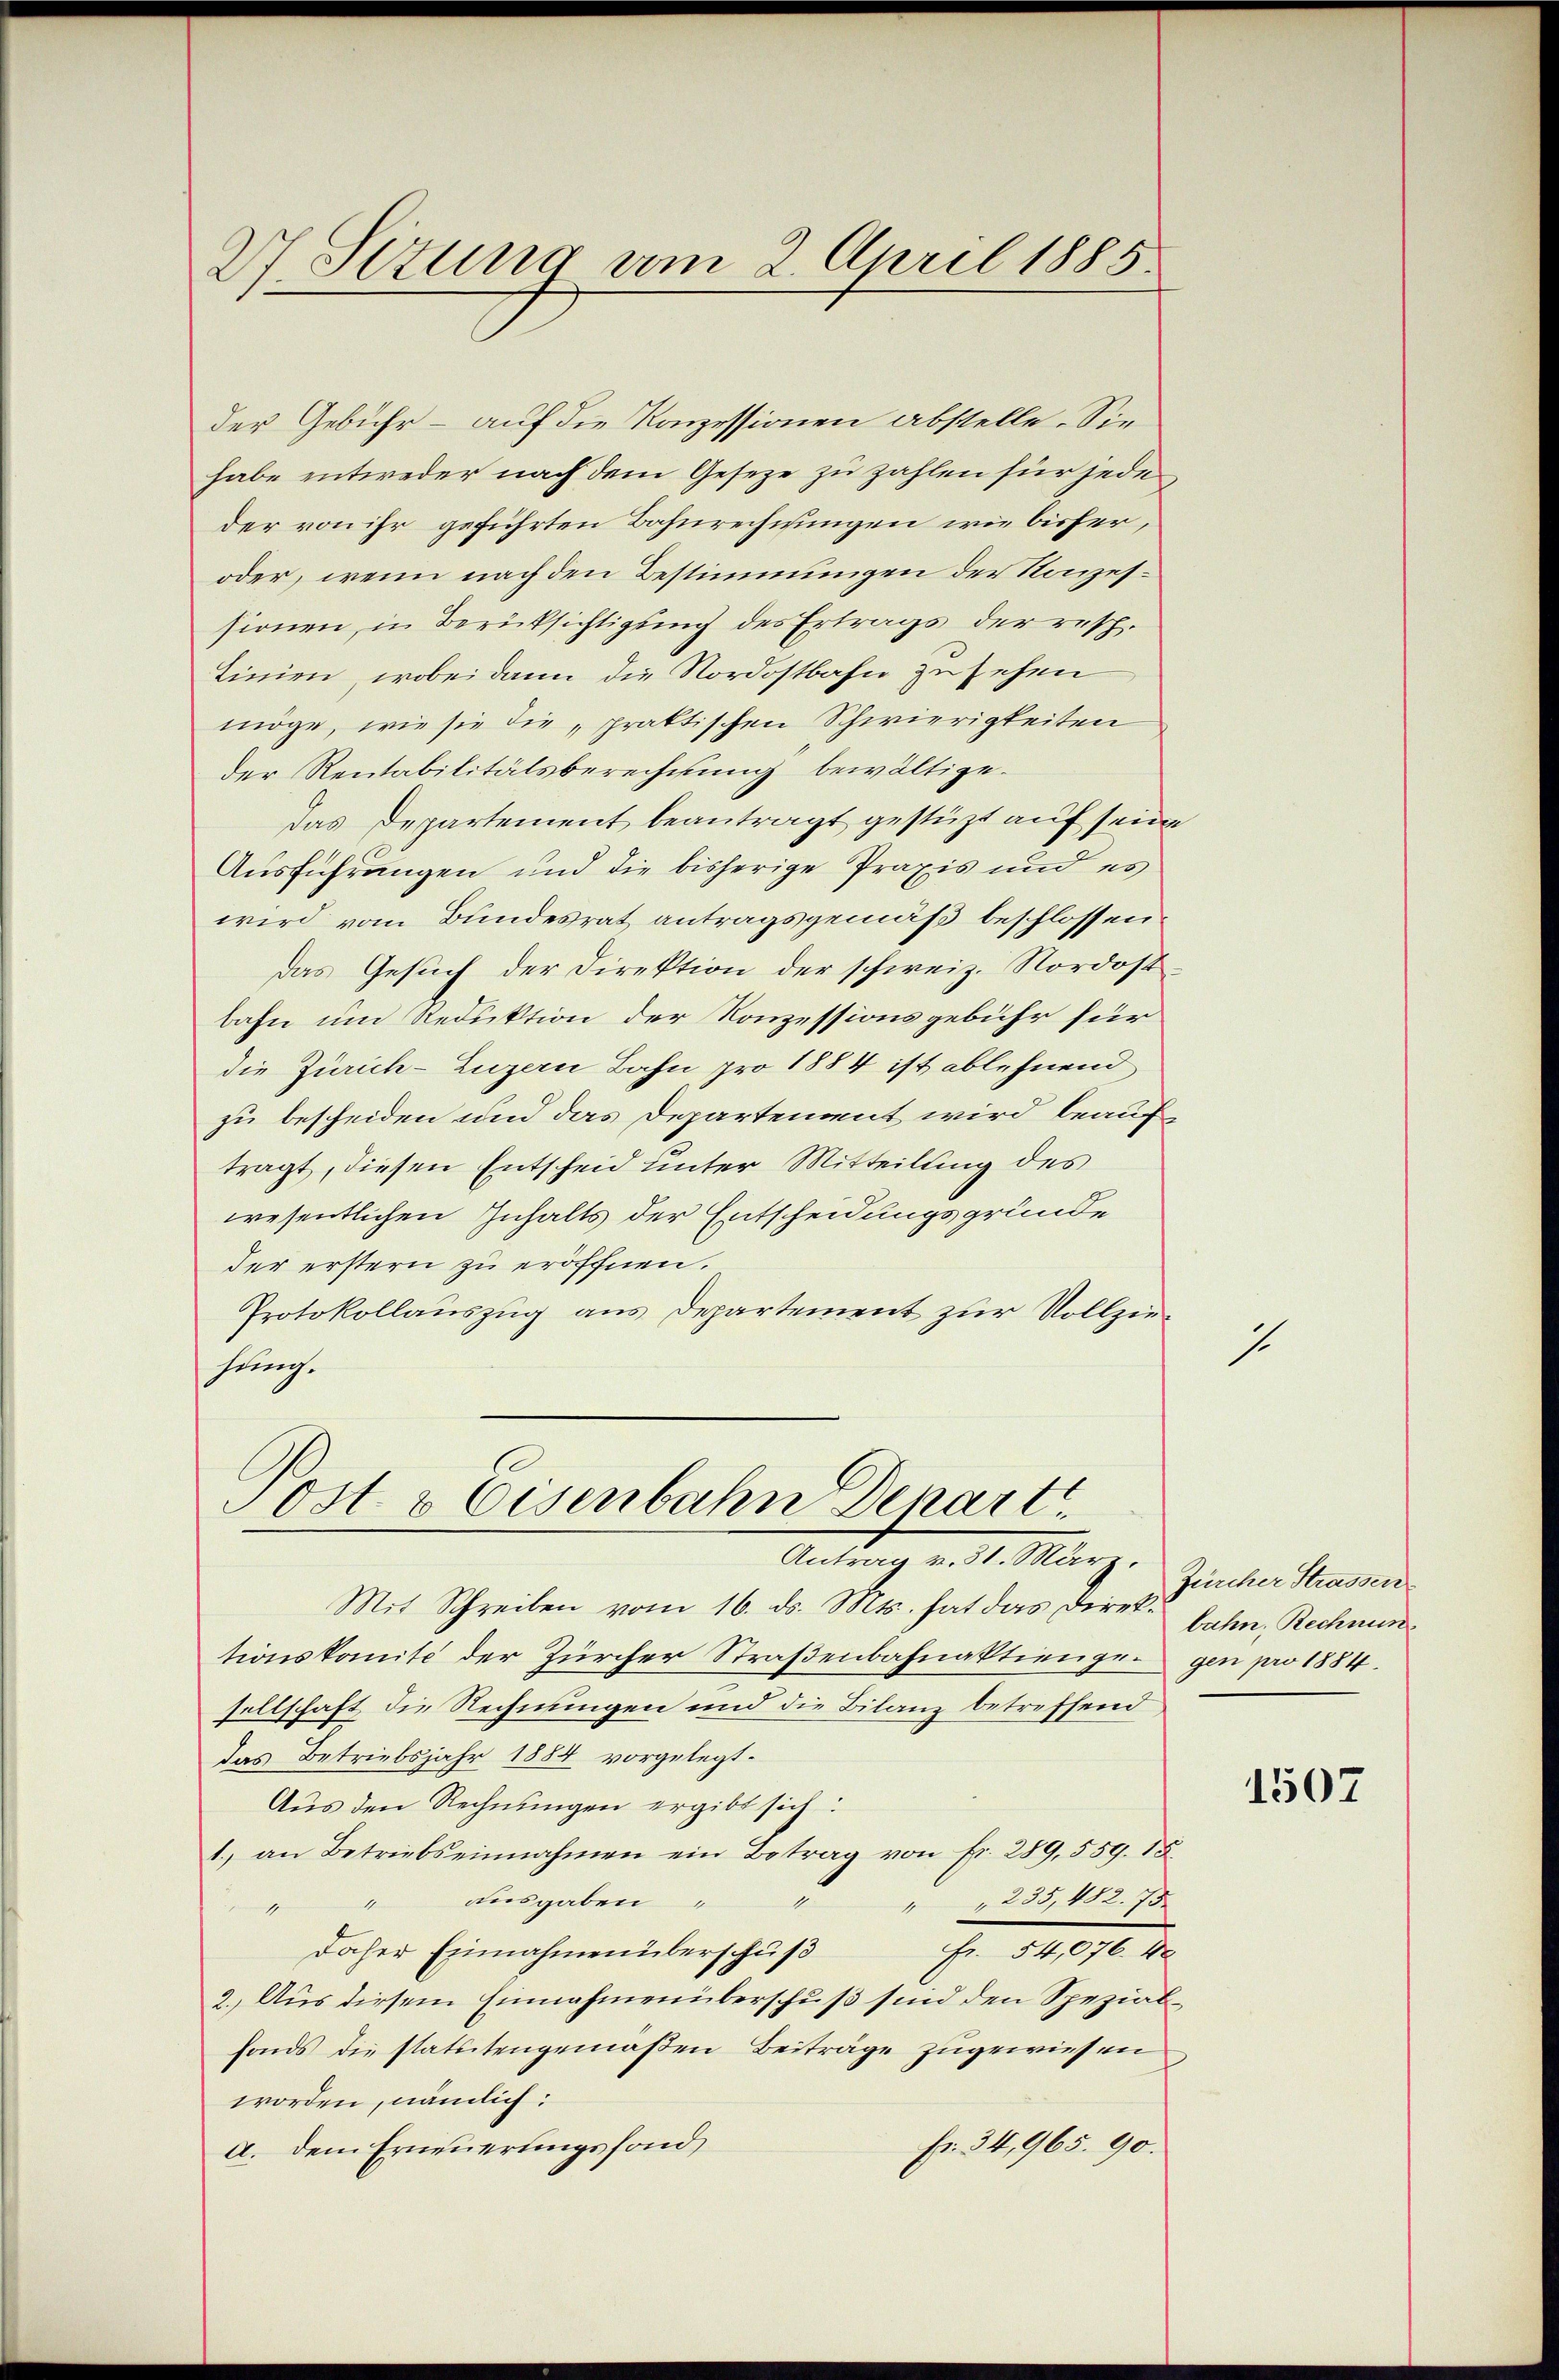
27. Setung vom 2. April 1885.

der Gebühr - auf die Konzessionen abstelle. Sie
habe entweder nach dem Geseze zu zahlen für jede
der von ihr geführten Bahnrechnungen wie bisher,
oder, wenn nach den Bestimmungen der Konzessionen, in Berüksichtigung des Ertrags der resp.
Linien, wobei dann die Nordostbahn zusehen
möge, wie sie die „praktischen Schwierigkeiten
der Rentabilitätsberechnung bewältige.
Das Departement beantragt gestüzt auf sein
Ausführungen und die bisherige Praxis und es
wird vom Bundesrat antragsgemäß beschlossen.
Das Gesuch der Direktion der schweiz. Nordost
bahn um Reduktion der Konzessionsgebühr für
die Zürich-Luzern Bahn pro 1884 ist ablehnend
zu bescheiden und das Departement wird beauf
tragt, diesen Entscheid unter Mitteilung des
wesentlichen Inhalts der Entscheidungsgründe
der erstern zu eröffnen.
Protokollauszug aus Departement zur Vollziesache

Post. 2 Eisenbahn Denart
Auf 1. März, Zinter Kamin

Mit Schreiben vom 16. ds. Mts. hat das Direke Jahn, Rechnun
tionskomité der Zürcher Straßenbahnaktiengegen pro 1884.
sellschaft die Rechnungen und die Bilanz betreffend
das Betriebsjahr 1884 vorgelegt.
Aus den Rechnungen ergibt sich:
1. an Betriebs einnahmen ein Betrag von fr. 289, 559. 15.
" " aŭsgaben " " 235, 482. 75
daher Einnahmen überschuß
Fr. 54,076. 40
2.) Aus diesem Einnahmen überschuß sind den Spezialfonds die statutengemäßen Beiträge zugewiesen
worden, nämlich:
Fr. 34,965. 90.
a. dem Erneuerungsfond

.

1507